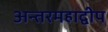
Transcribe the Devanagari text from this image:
अन्तरमहाद्वीप